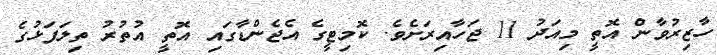
ހާޒިރުވާން އޮތީ މިއަދު 11 ޖަހާއިރަށެވެ. ކޮމިޓީގެ އެޖެންޑާގައި އޮތީ އުތުރު ތިލަފަޅުގެ